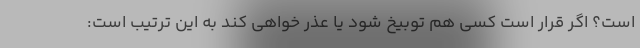
است؟ اگر قرار است کسی هم توبیخ شود یا عذر خواهی کند به این ترتیب است: